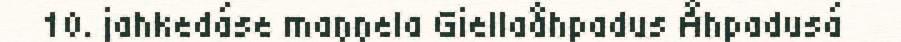
10. jahkedáse maŋŋela Giellaåhpadus Åhpadusá